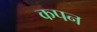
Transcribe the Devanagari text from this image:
कपन